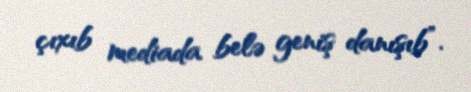
çıxıb mediada belə geniş danışıb”.